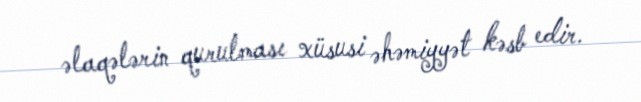
əlaqələrin qurulması xüsusi əhəmiyyət kəsb edir.